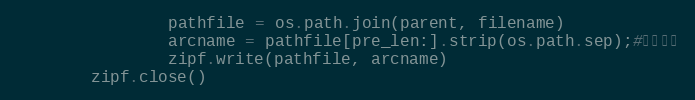
Language: Python
                pathfile = os.path.join(parent, filename)
                arcname = pathfile[pre_len:].strip(os.path.sep);#相对路径
                zipf.write(pathfile, arcname)
        zipf.close()